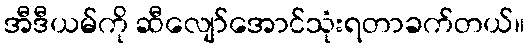
အီဒီယမ်ကို ဆီလျော်အောင်သုံးရတာခက်တယ်။